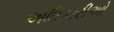
અઘિકારીઓ